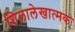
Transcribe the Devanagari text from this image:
शिलालेखात्‍मक